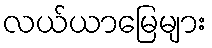
လယ်ယာမြေများ